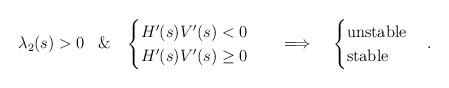
LaTeX: \begin{align*}\lambda_2(s) > 0\;\;\;\&\;\;\;\begin{cases}H'(s) V'(s) < 0 \\H'(s) V'(s) \geq 0\end{cases}\;\;\; \Longrightarrow \;\;\;\;\begin{cases}\mbox{unstable}\\\mbox{stable}\end{cases}.\end{align*}